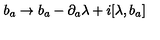
b _ { a } \rightarrow b _ { a } - \partial _ { a } \lambda + i [ \lambda , b _ { a } ]